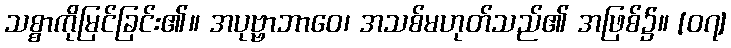
သစ္စာကိုမြင်ခြင်း၏။ အပုဗ္ဗာဘာဝေ၊ အသစ်မဟုတ်သည်၏ အဖြစ်၌။ [၀၇]